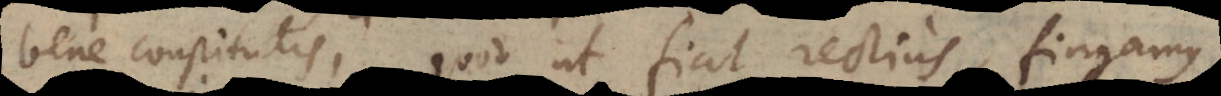
bene constitutis, quod ut fiat rectius, fingamus